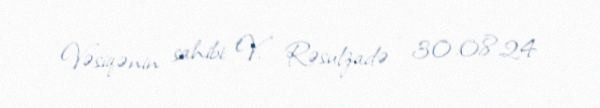
Vəsiqənin sahibi: V. Rəsulzadə - 30.08.24